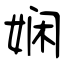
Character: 娴